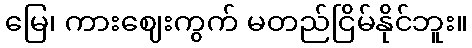
မြေ၊ ကားဈေးကွက် မတည်ငြိမ်နိုင်ဘူး။